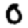
Digit: 0